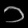
Digit: ၁